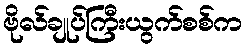
ဗိုလ်ချုပ်ကြီးယွက်စစ်က